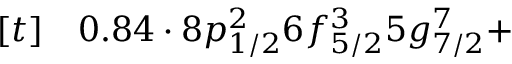
\begin{array} { r l } { [ t ] } & { { } 0 . 8 4 \cdot 8 p _ { 1 / 2 } ^ { 2 } 6 f _ { 5 / 2 } ^ { 3 } 5 g _ { 7 / 2 } ^ { 7 } + } \end{array}